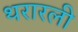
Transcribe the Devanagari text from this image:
थरारली